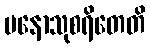
မနောသုစရိတေတိ